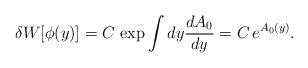
LaTeX: \begin{align*}\delta W [\phi (y)]= C\, \exp \int dy \frac{dA_0}{dy}= C\, e^{A_0 (y)}.\end{align*}